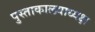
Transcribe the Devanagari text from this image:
पुस्ताकालयाध्यक्ष